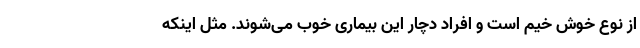
از نوع خوش خیم است و افراد دچار این بیماری خوب می‌شوند. مثل اینکه